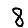
Digit: 8